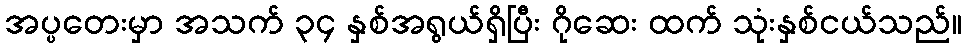
အပ္ပတေးမှာ အသက် ၃၄ နှစ်အရွယ်ရှိပြီး ဂိုဆေး ထက် သုံးနှစ်ငယ်သည်။